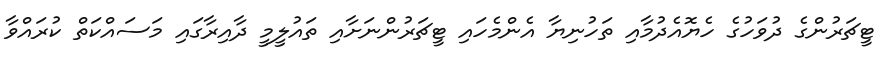
ޓީޗަރުންގެ ދުވަހުގެ ހެޔޮއެދުމާއި ތަހުނިޔާ އެންމެހައި ޓީޗަރުންނަށާއި ތައުލީމީ ދާއިރާގައި މަސައްކަތް ކުރައްވާ